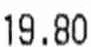
19.80